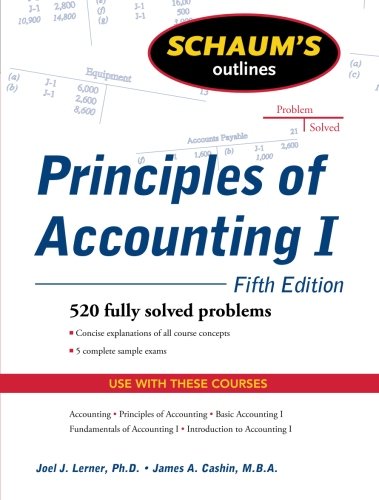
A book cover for Schaum's Outline of Principles of Accounting I, Fifth Edition (Schaum's Outlines); Joel Lerner; Medical Books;